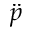
\ddot { p }